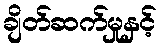
ချိတ်ဆက်မှုနှင့်